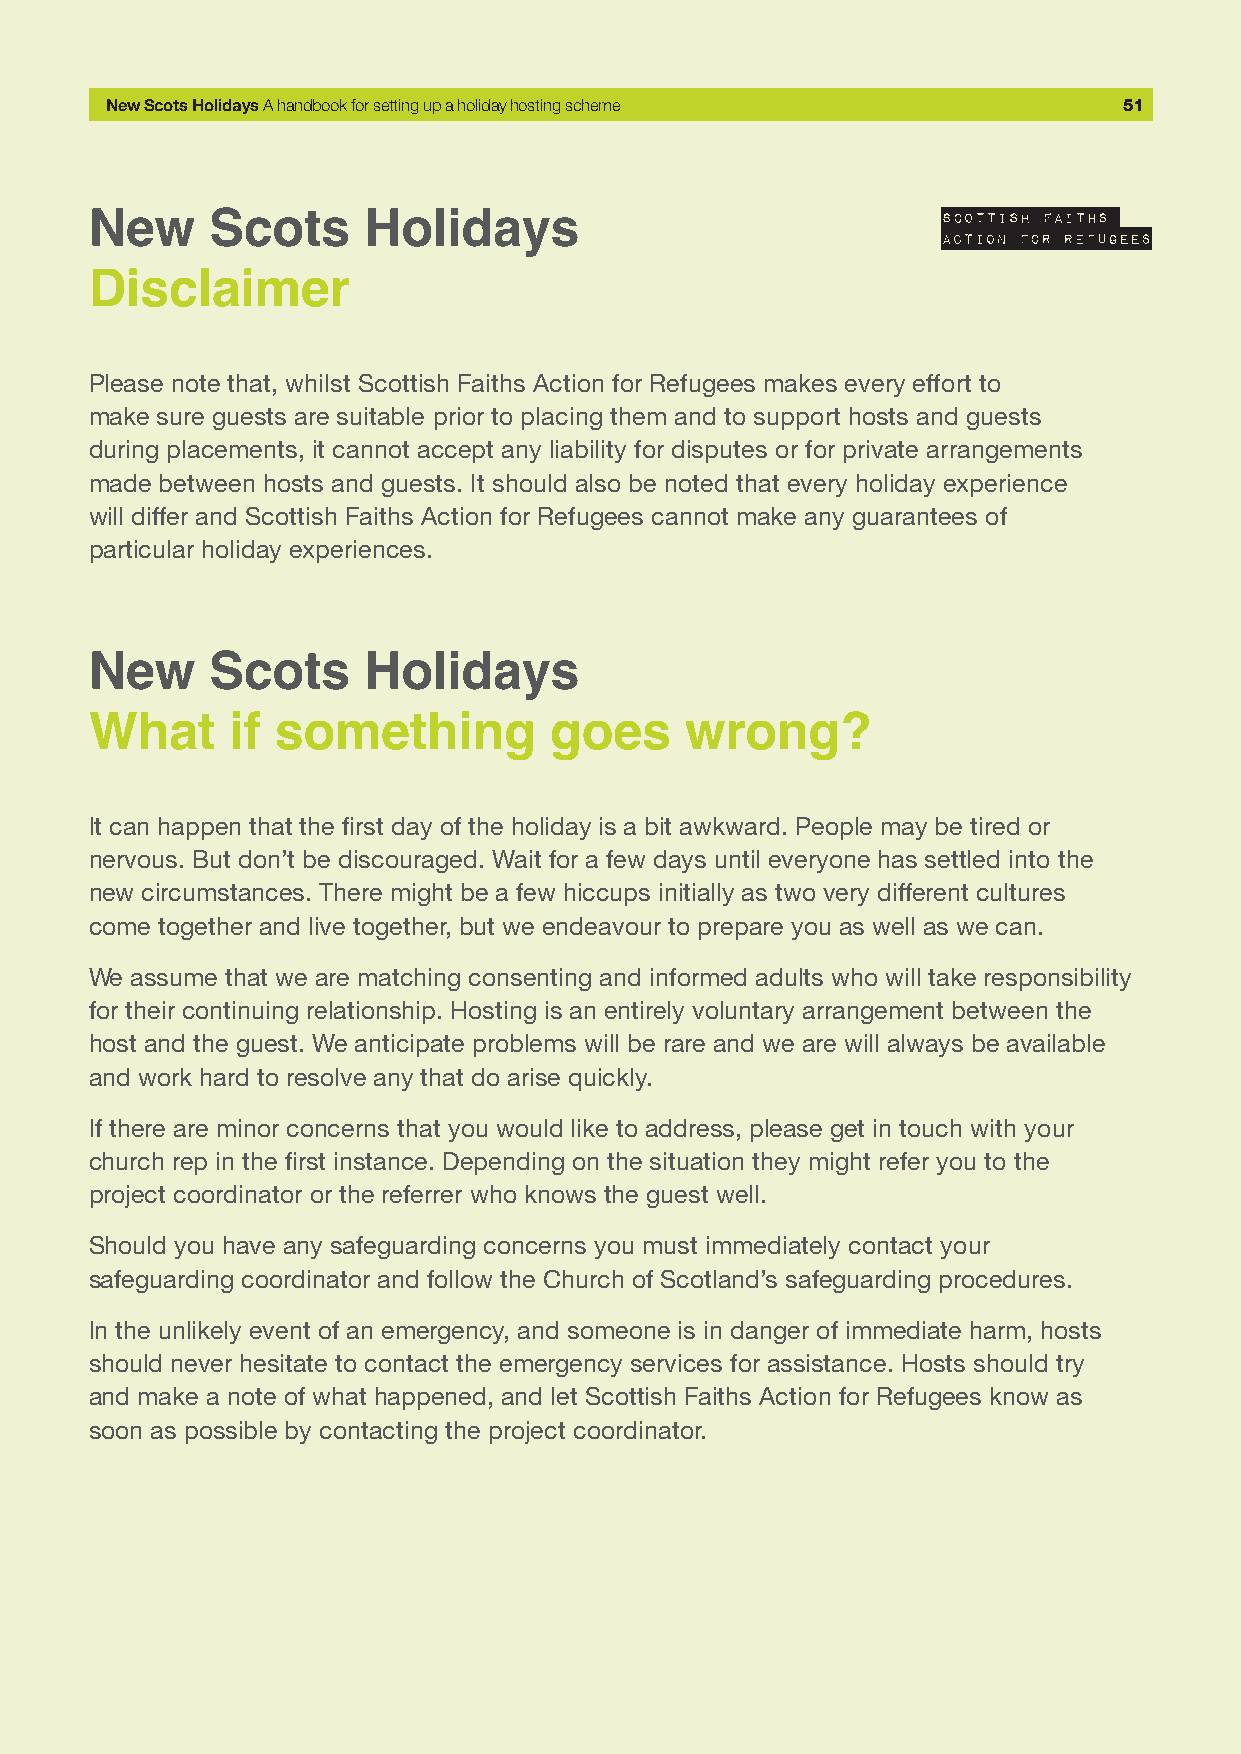
New Scots Holidays A handbook for setting up a holiday hosting scheme 51
 New     Scots     Holidays
 Disclaimer
 Please note that, whilst Scottish Faiths Action for Refugees makes every effort to
 make sure guests are suitable prior to placing them and to support hosts and guests
 during placements, it cannot accept any liability for disputes or for private arrangements
 made between hosts and guests. It should also be noted that every holiday experience
 will differ and Scottish Faiths Action for Refugees cannot make any guarantees of
 particular holiday experiences.
 New     Scots     Holidays
 What     if something         goes     wrong?
 It can happen that the first day of the holiday is a bit awkward. People may be tired or
 nervous. But don’t be discouraged. Wait for a few days until everyone has settled into the
 new circumstances. There might be a few hiccups initially as two very different cultures
 come together and live together, but we endeavour to prepare you as well as we can.
 We assume that we are matching consenting and informed adults who will take responsibility
 for their continuing relationship. Hosting is an entirely voluntary arrangement between the
 host and the guest. We anticipate problems will be rare and we are will always be available
 and work hard to resolve any that do arise quickly.
 If there are minor concerns that you would like to address, please get in touch with your
 church rep in the first instance. Depending on the situation they might refer you to the
 project coordinator or the referrer who knows the guest well.
 Should you have any safeguarding concerns you must immediately contact your
 safeguarding coordinator and follow the Church of Scotland’s safeguarding procedures.
 In the unlikely event of an emergency, and someone is in danger of immediate harm, hosts
 should never hesitate to contact the emergency services for assistance. Hosts should try
 and make a note of what happened, and let Scottish Faiths Action for Refugees know as
 soon as possible by contacting the project coordinator.